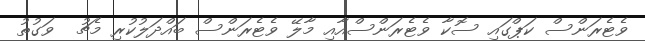
ވެޓެރަންސް ކަޕްގައި ސޮކާ ވެޓެރަންސްއާއި މާލޭ ވެޓެރަންސް ބައްދަލުކުރި މެޗު  ވަގުތު